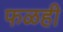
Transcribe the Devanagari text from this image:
फळही